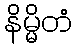
နိမ္မိတံ